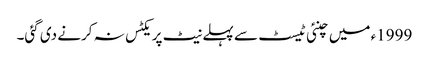
1999ء میں چنئی ٹیسٹ سے پہلے نیٹ پریکٹس نہ کرنے دی گئی۔